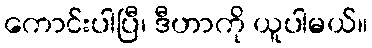
ကောင်းပါပြီ၊ ဒီဟာကို ယူပါမယ်။